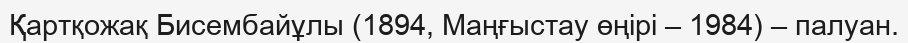
Қартқожақ Бисембайұлы (1894, Маңғыстау өңірі – 1984) – палуан.